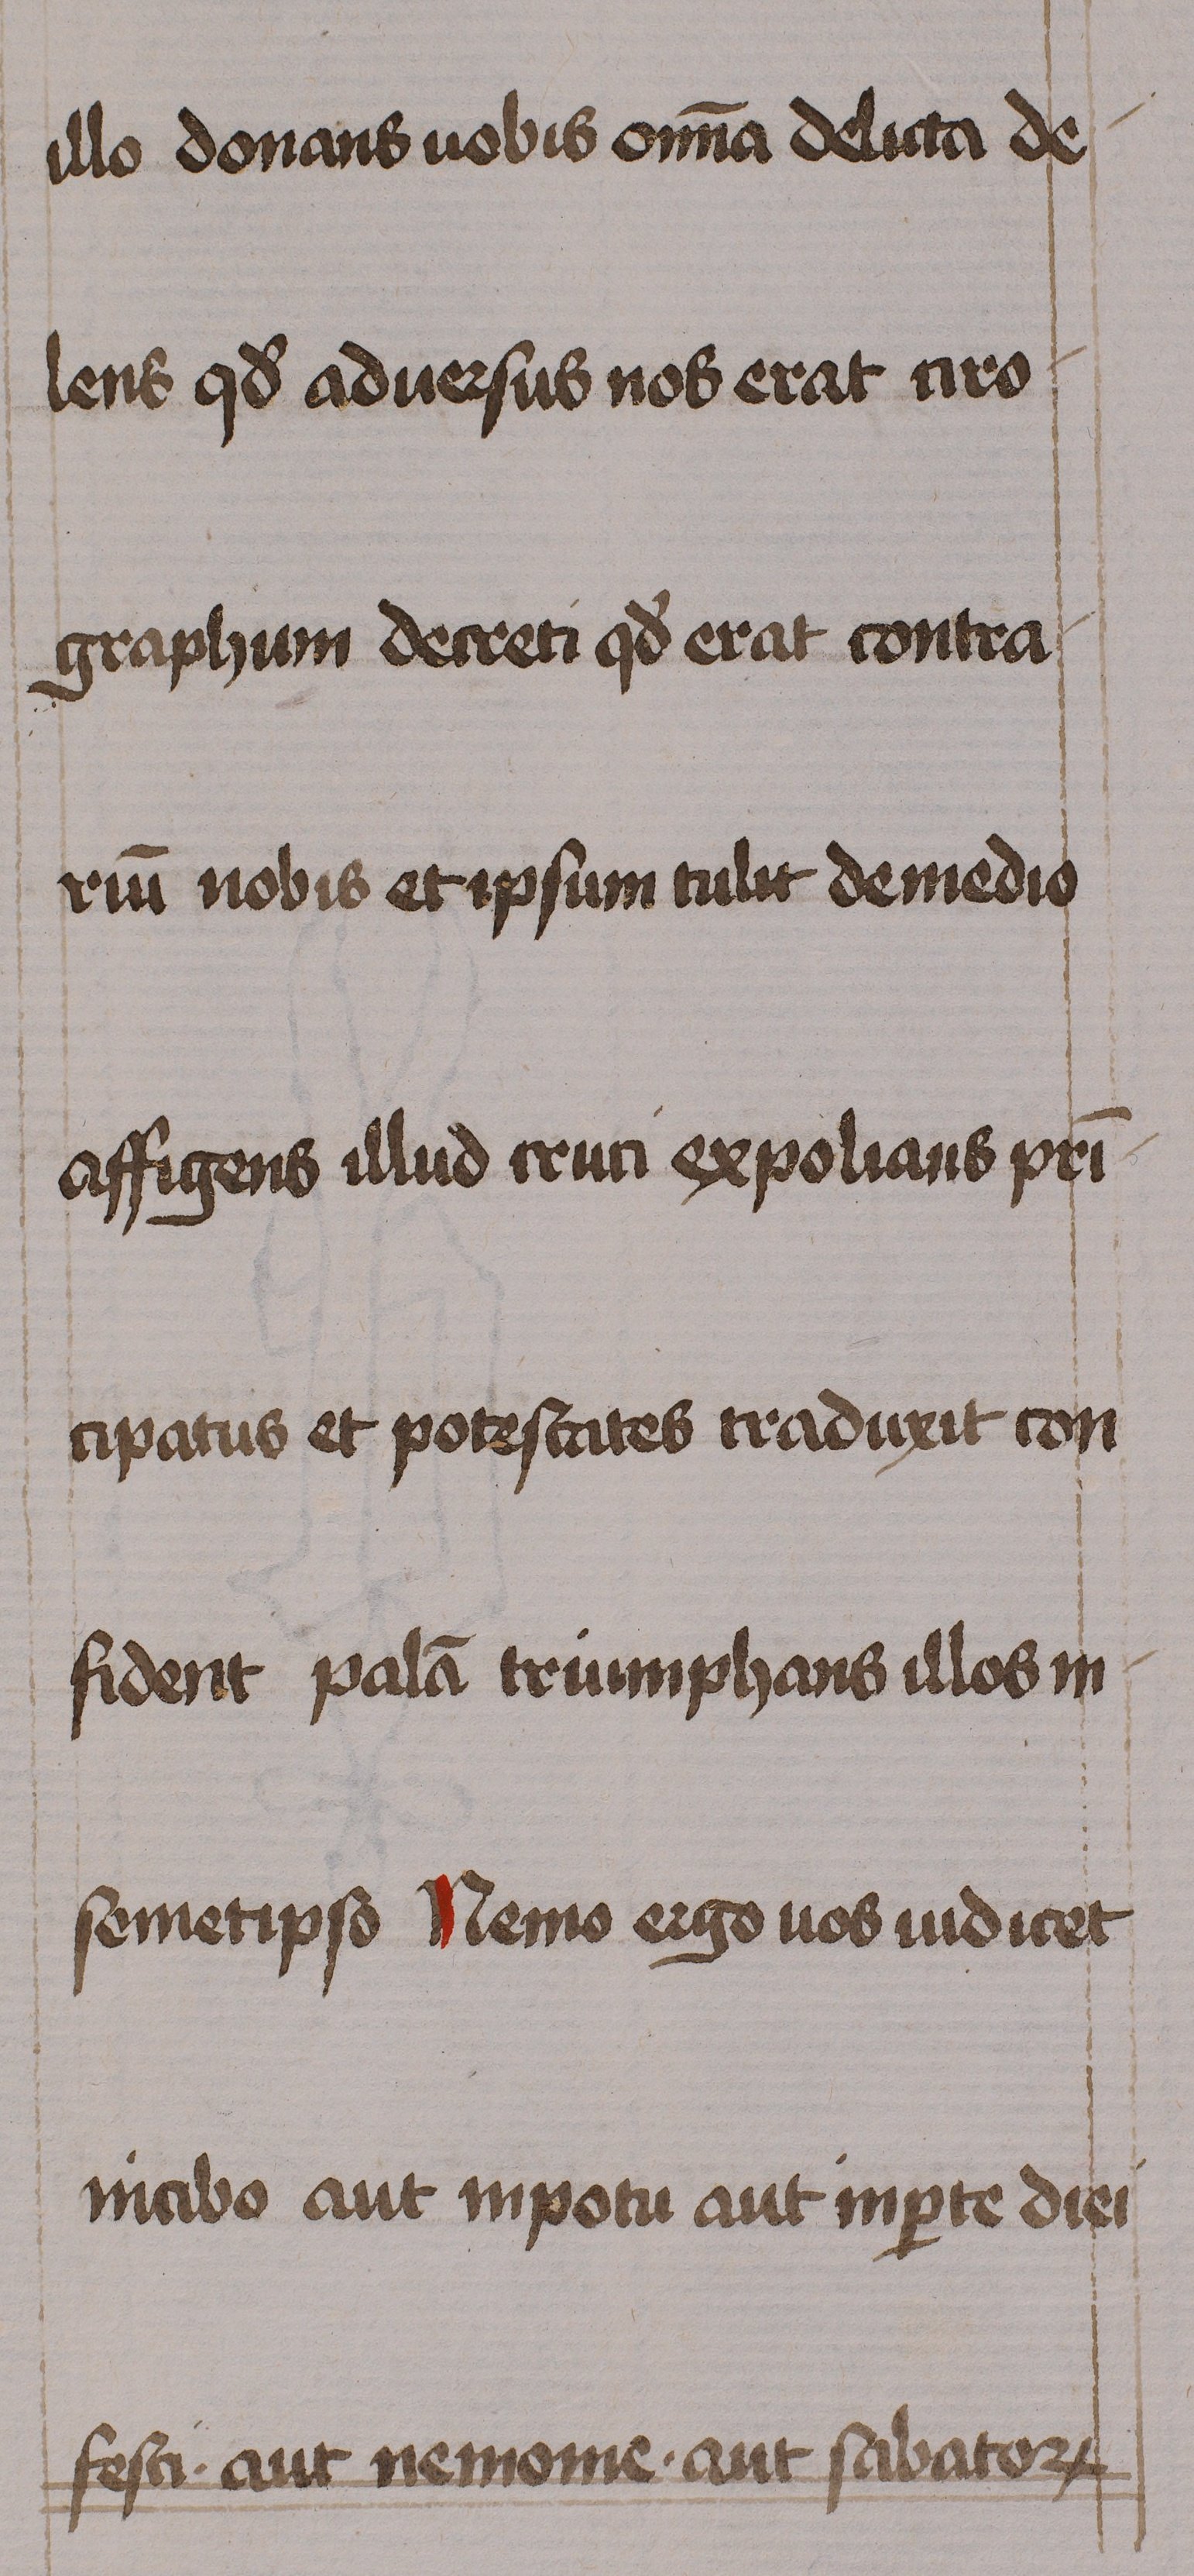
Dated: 1460–1460